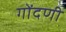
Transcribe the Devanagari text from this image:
गोंदणी